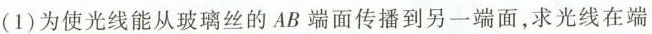
(1)为使光线能从玻璃丝的AB端面传播到另一端面，求光线在端